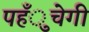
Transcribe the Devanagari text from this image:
पहँुचेगी